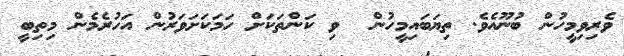
ވެރިވިމީހުން ބުނޫއެވެ. ތިޔަބައިމީހުން  ވި ކަންތަކަށް ހަމަކަށަވަރުން އަހުރެމެން މިތިބީ